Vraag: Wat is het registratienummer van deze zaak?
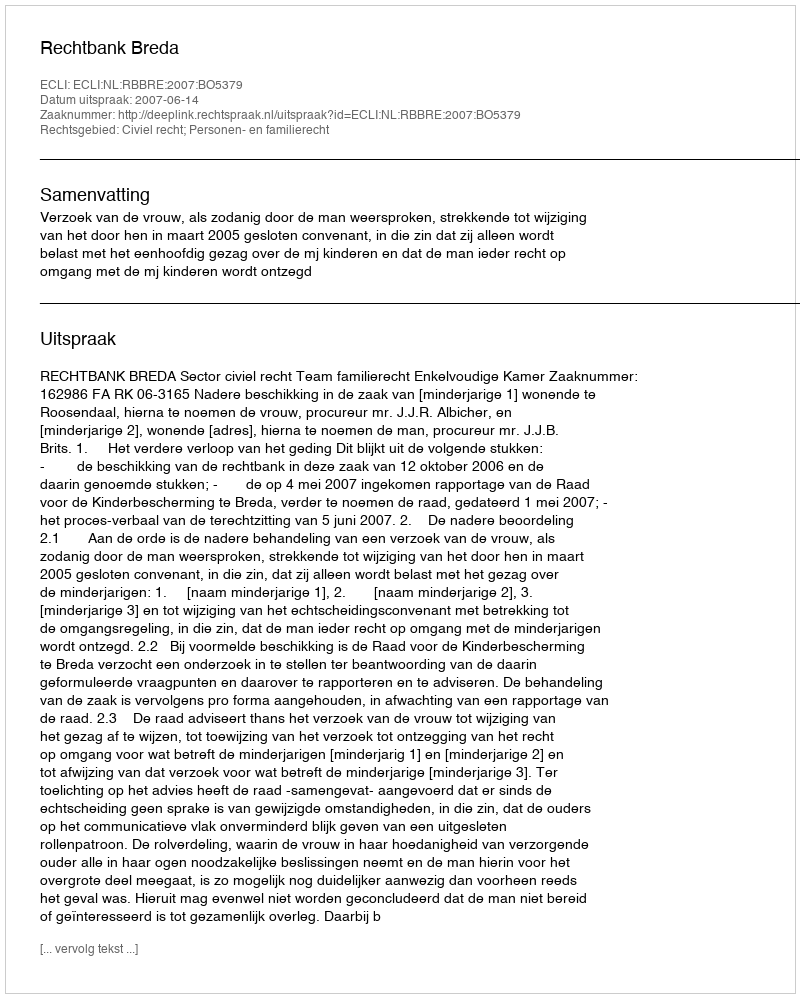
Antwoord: http://deeplink.rechtspraak.nl/uitspraak?id=ECLI:NL:RBBRE:2007:BO5379